Vaccination in Burma 1920-1933 - 1920-1933
Year: 1920
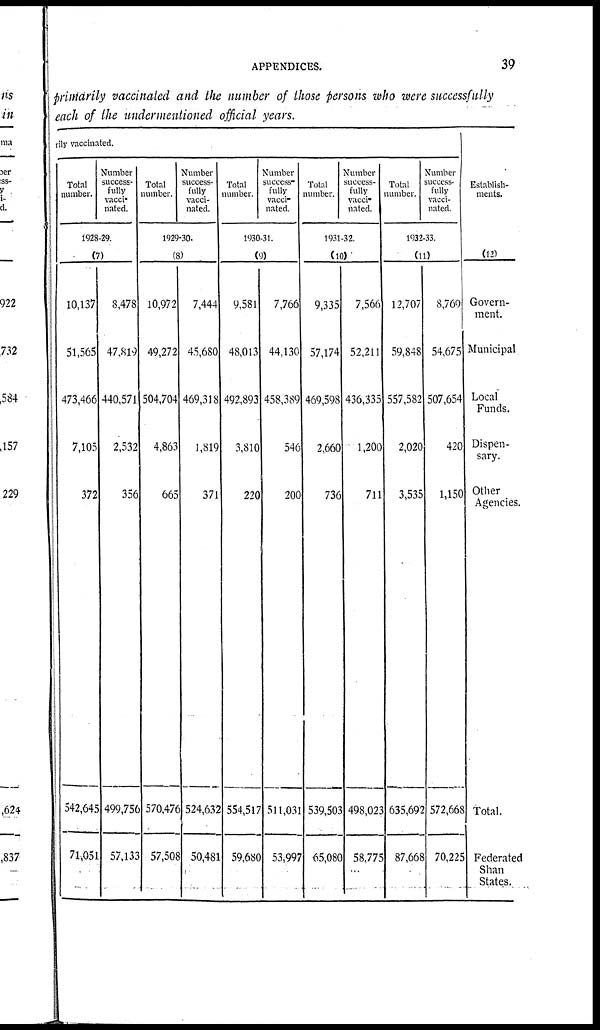
APPENDICES.
39
primarily vaccinated and the number of those persons who were successfully
each of the undermentioned official years.
ily vaccinated.
Total
number.
Number
success-
fully
vacci-
nated.
1928-29.
(7)
10,137
51,565
473,466
7,105
372
542,645
71,051
8,478
47,819
440,571
2,532
356
499,756
57,133
Total
number.
Number
success-
fully
vacci-
nated.
1929-30.
(8)
10,972
49,272
504,704
4,863
665
570,476
57,508
7,444
45,680
469,318
1,819
371
524,632
50,481
Total
number.
Number
success-
fully
vacci-
nated.
1930-31.
(9)
9,581
48,013
492,893
3,810
220
554,517
59,680
7,766
44,130
458,389
546
200
511,031
53,997
Total
number.
Number
success-
fully
vacci-
nated.
1931-32.
(10)
9,335
57,174
469,598
2,660
736
539,503
65,080
7,566
52,211
436,335
1,200
711
498,023
58,775
Total
number.
Number
success-
fully
vacci-
nated.
1932-33.
(11)
12,707
59,848
557,582
2,020
3,535
635,692
87,668
8,769
54,675
507,654
420
1,150
572,668
70,225
Establish-
ments.
(12)
Govern-
ment.
Municipal
Local
Funds.
Dispen-
sary.
Other
Agencies.
Total.
Federated
Shan
States.